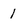
Character: 1